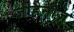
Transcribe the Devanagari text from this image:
जीहैनीज़